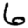
Digit: 6